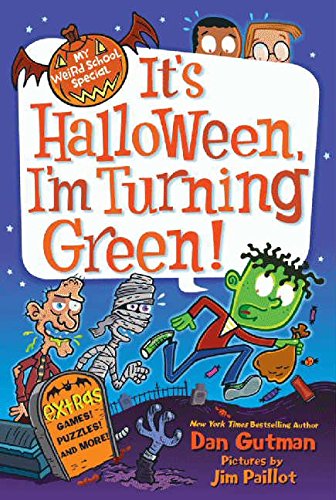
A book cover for My Weird School Special: It's Halloween, I'm Turning Green!; Dan Gutman; Children's Books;